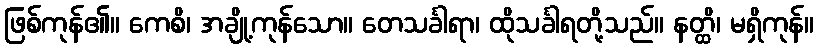
ဖြစ်ကုန်၏။ ကေစိ၊ အချို့ကုန်သော။ တေသင်္ခါရာ၊ ထိုသင်္ခါရတို့သည်။ နတ္ထိ၊ မရှိကုန်။